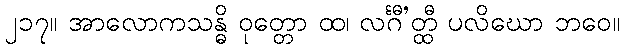
၂၁၇။ အာလောကသန္ဓိ ဝုတ္တော ထ၊ လင်္ဂီ’တ္ထီ ပလိဃော ဘဝေ။